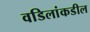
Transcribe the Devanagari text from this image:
वडिलांकडील